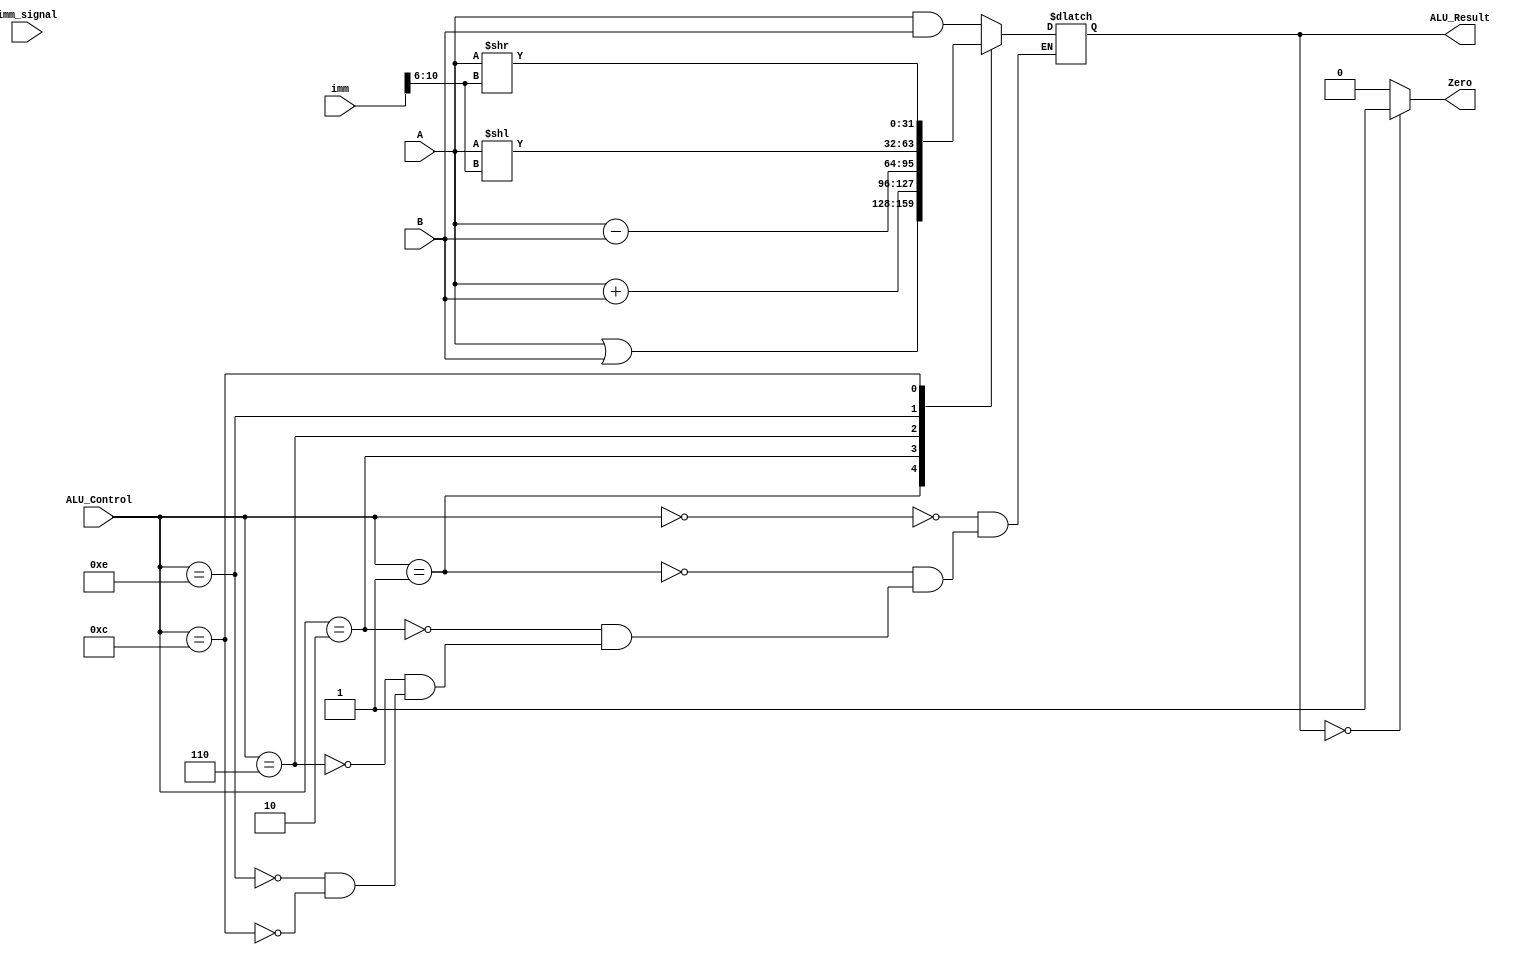
`timescale 1ns / 1ps
//////////////////////////////////////////////////////////////////////////////////
// Company: 
// Engineer: 
// 
// Design Name: 
// Module Name:    ALU_Lab7 
// Project Name: 
// Target Devices: 
// Tool versions: 
// Description: 
//
// Dependencies: 
//
// Revision: 
// Revision 0.01 - File Created
// Additional Comments: 
//
//////////////////////////////////////////////////////////////////////////////////
module ALU(
    input [31:0] A,
    input [31:0] B,
    input [3:0] ALU_Control,
	 input imm_signal,
	 input [20:0] imm,
    output reg[31:0] ALU_Result,
    output reg Zero
    );
	wire [4:0] shift_amt;
	assign shift_amt = imm[10:6];
	
	always @(A,B,ALU_Control)
	begin
	case(ALU_Control)
		4'b0000:	ALU_Result = A & B;
		4'b0001:	ALU_Result = A | B;
		4'b0010:	ALU_Result = A + B;
		4'b0110:	ALU_Result = A - B;
		4'b1110: ALU_Result = A<<shift_amt;/*SLL*/
		4'b1100: ALU_Result = A>>shift_amt;/*SRL*/
	endcase
	end
	always @(ALU_Result)
	begin
		if(ALU_Result==0) Zero = 1;
		else Zero = 0;
	end
endmodule